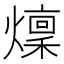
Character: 燣